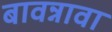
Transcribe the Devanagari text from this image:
बावन्नावा